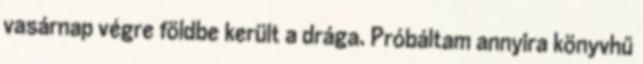
vasárnap végre földbe került a drága. Próbáltam annyira könyvhű